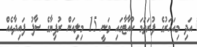
އަދި މިއަހަރުގެ ފުރަތަމަ ކުއާޓާގައި ވަނީ 15 މިލިއަން ރުފިޔާގެ ސާފު ފައިދާއެއް